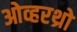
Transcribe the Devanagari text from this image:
ओव्हरथ्रो